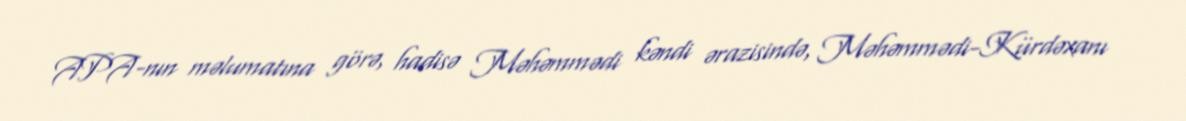
APA-nın məlumatına görə, hadisə Məhəmmədi kəndi ərazisində, Məhəmmədi-Kürdəxanı